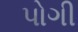
પોગી